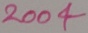
Text: 2004